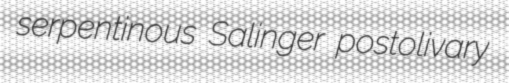
serpentinous Salinger postolivary